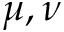
\mu , \nu